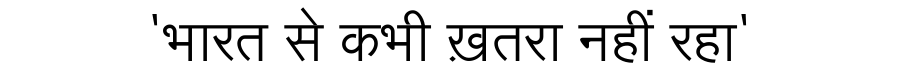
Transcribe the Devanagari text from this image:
'भारत से कभी ख़तरा नहीं रहा'